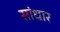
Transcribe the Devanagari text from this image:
सांधार